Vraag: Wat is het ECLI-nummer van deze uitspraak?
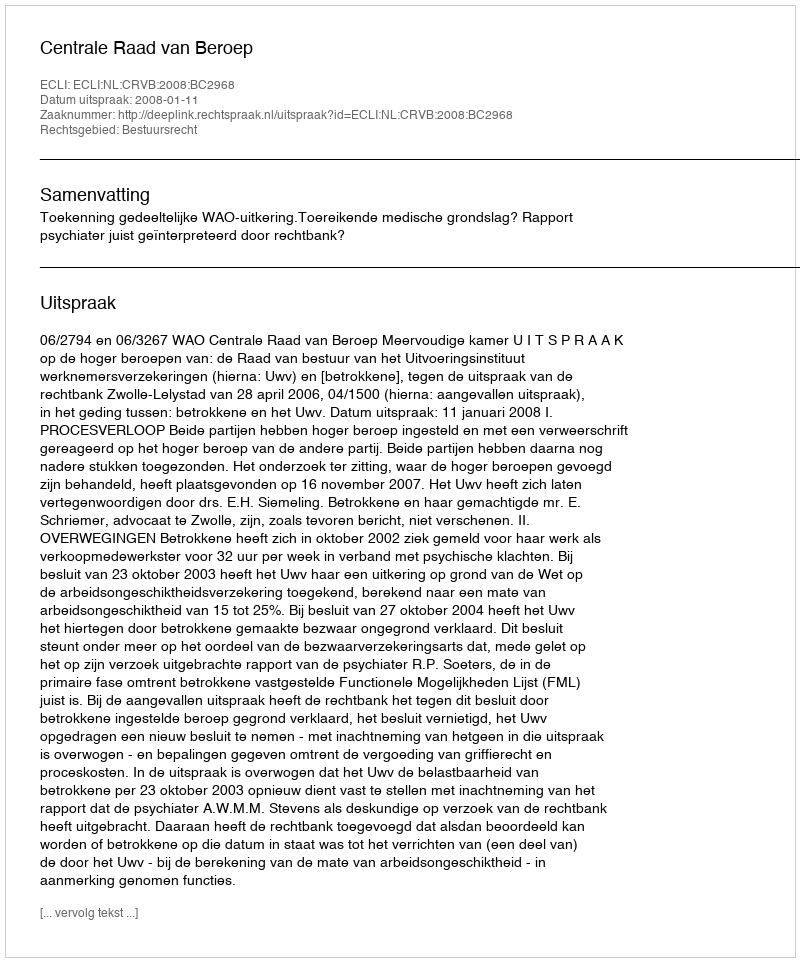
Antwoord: ECLI:NL:CRVB:2008:BC2968